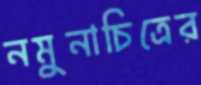
নমুনাচিত্রের